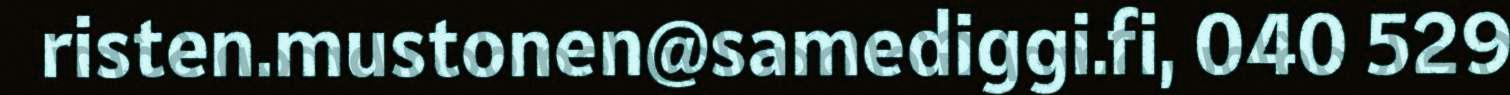
risten.mustonen@samediggi.fi, 040 529